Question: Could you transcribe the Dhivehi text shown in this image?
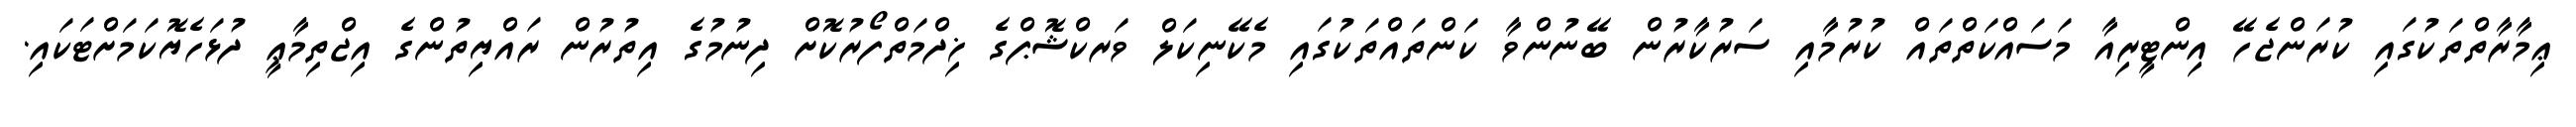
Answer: ޢިމާރާތްތަކުގައި ކުރަންޖެހޭ އިންޓީރިއާ މަސައްކަތްތައް ކުރުމާއި ސަރުކާރުން ބޭނުންވާ ކަންތައްތަކުގައި މެކޭނިކަލް ވަރކްޝޮޕްގެ ޚިދްމަތްފޯރުކޮށް ދިނުމުގެ އިތުރުން ރައްޔިތުންގެ އިޖްތިމާޢީ ދުޅަހެޔޮކަމަށްޓަކައި.